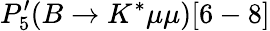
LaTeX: P_{5}^{\prime}(B\to K^{*}\mu\mu)[6-8]